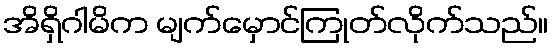
အိရှိဂါမိက မျက်မှောင်ကြုတ်လိုက်သည်။